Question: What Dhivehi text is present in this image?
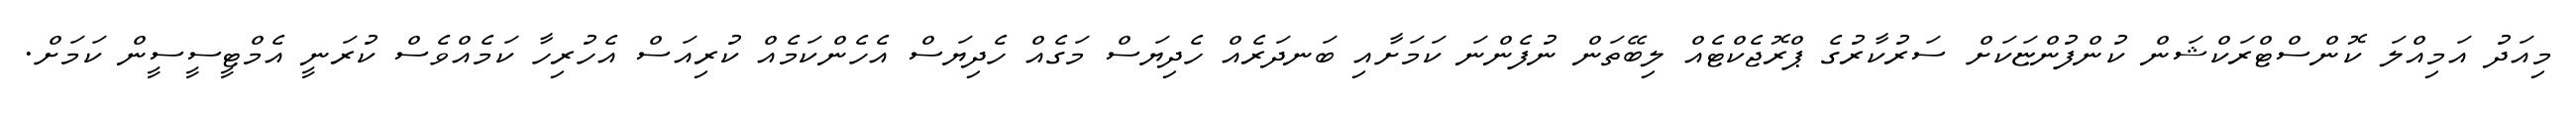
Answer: މިއަދު އަމިއްލަ ކޮންސްޓްރަކްޝަން ކުންފުންޏަކަށް ސަރުކާރުގެ ޕްރޮޖެކްޓެއް ލިބޭތަން ނުފެންނަ ކަމަށާއި ބަނދަރެއް ހެދިޔަސް މަގެއް ހެދިޔަސް އެހެންކަމެއް ކުރިއަސް އެހުރިހާ ކަމެއްވެސް ކުރަނީ އެމްޓީސީސީން ކަމަށް.